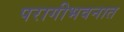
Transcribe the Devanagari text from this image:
परागीभवनात